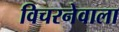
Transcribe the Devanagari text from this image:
विचरनेवाला